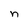
Character: n